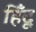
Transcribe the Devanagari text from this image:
हिँदू